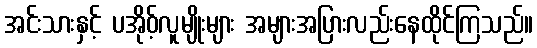
အင်းသားနှင့် ပအိုဝ့်လူမျိုးများ အများအပြားလည်းနေထိုင်ကြသည်။